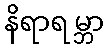
နိရာရမ္ဘာ